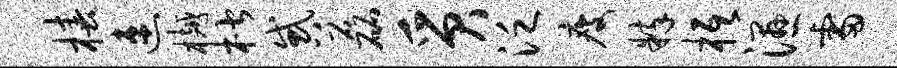
椿速樾楷惑磊质泛瘦粹柢湿雷